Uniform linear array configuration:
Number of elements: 48
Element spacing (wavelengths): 0.25
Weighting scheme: hamming
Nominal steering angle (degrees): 15
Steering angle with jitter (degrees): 13.084
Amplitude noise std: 0.05
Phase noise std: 0.05

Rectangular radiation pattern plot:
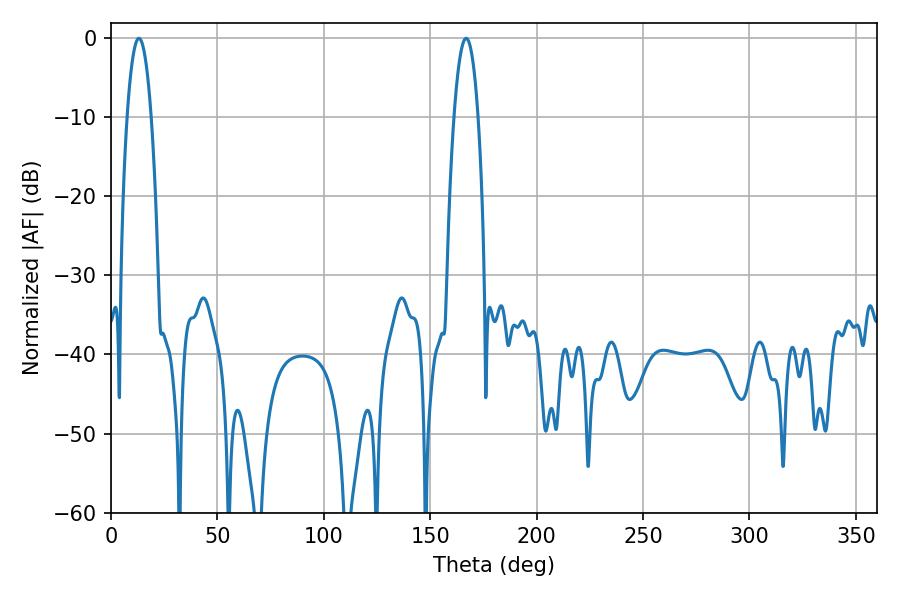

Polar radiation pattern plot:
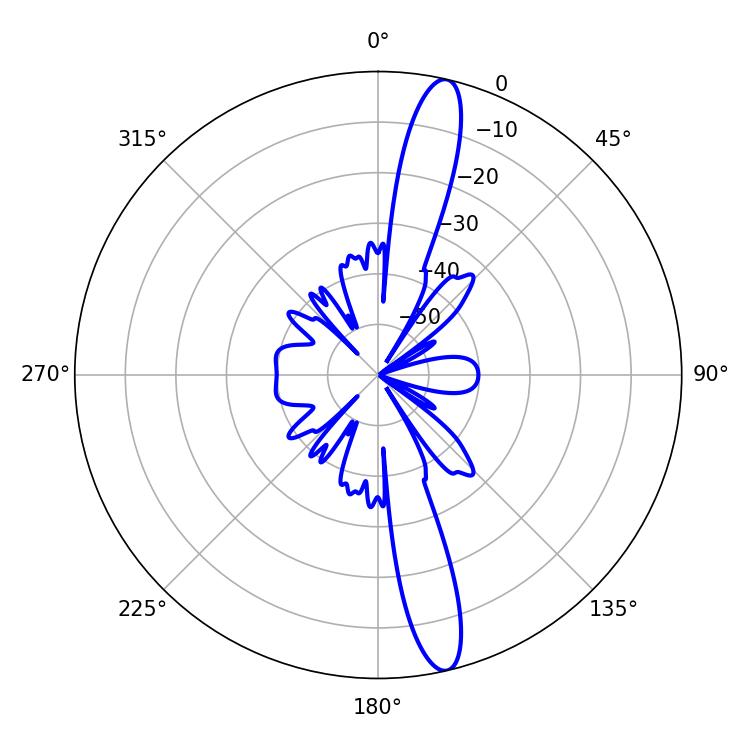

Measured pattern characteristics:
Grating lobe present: FALSE
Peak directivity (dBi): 15.722
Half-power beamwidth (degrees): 6.12
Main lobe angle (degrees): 13.14